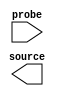

module source (
	source,
	probe);	

	output	[7:0]	source;
	input	[7:0]	probe;
endmodule